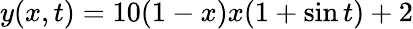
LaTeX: y(x,t)=10(1-x)x(1+\sin t)+2